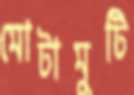
মোটামুটি